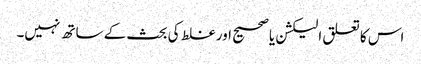
اس کا تعلق الیکشن یا صحیح اور غلط کی بحث کے ساتھ نہیں۔